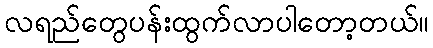
လရည်တွေပန်းထွက်လာပါတော့တယ်။